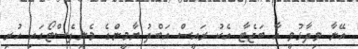
އޭނާ ވިދާޅުވީ އާ ބަޖެޓާ އެކު ރައީސް އަބްދު ޔާމީންގެ މެނިފެސްޓޯގައި ހުރި